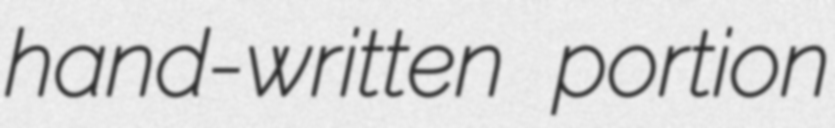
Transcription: hand-written portion